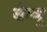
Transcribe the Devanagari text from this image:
वेम्बू